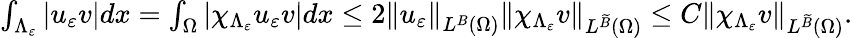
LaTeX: \begin{array}{r}{\int_{\Lambda_{\varepsilon}}\left\vert u_{\varepsilon}v\right\vert dx=\int_{\Omega}\left\vert\chi_{\Lambda_{\varepsilon}}u_{\varepsilon}v\right\vert dx\leq 2\left\Vert u_{\varepsilon}\right\Vert_{L^{B}\left(\Omega\right)}\left\Vert\chi_{\Lambda_{\varepsilon}}v\right\Vert_{L^{\widetilde{B}}\left(\Omega\right)}\leq C\left\Vert\chi_{\Lambda_{\varepsilon}}v\right\Vert_{L^{\widetilde{B}}\left(\Omega\right)}.}\end{array}